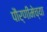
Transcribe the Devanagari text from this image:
पौर्णीमेच्या